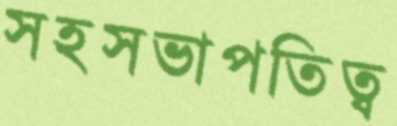
সহসভাপতিত্ব